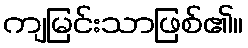
ကျမြင်းသာဖြစ်၏။